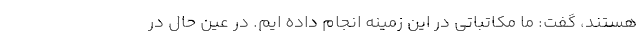
هستند، گفت: ما مکاتباتی در این زمینه انجام داده ایم. در عین حال در